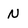
Character: N